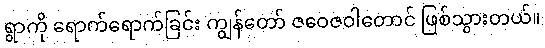
ရွာကို ရောက်ရောက်ခြင်း ကျွန်တော် ဇဝေဇဝါတောင် ဖြစ်သွားတယ်။